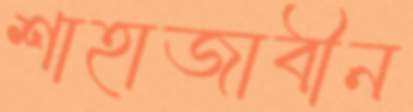
শাহাজাবীন